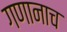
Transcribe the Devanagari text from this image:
गणानाच